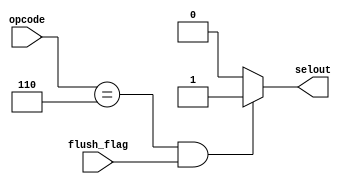
module pcsel_gen3(opcode,flush_flag,selout);
  input [5:0] opcode;
  input flush_flag;
  output selout;
  reg selout;
  
   always @(opcode , flush_flag)
  begin
    if ((opcode == 6'b000110) && flush_flag == 1'b1) begin
      selout = 1'b1;
    end
    else begin
      selout = 1'b0;
    end
  end
endmodule